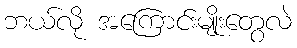
ဘယ်လို အကြောင်းမျိုးတွေလဲ